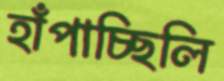
হাঁপাচ্ছিলি